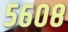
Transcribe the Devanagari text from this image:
५६०८